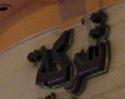
شركة